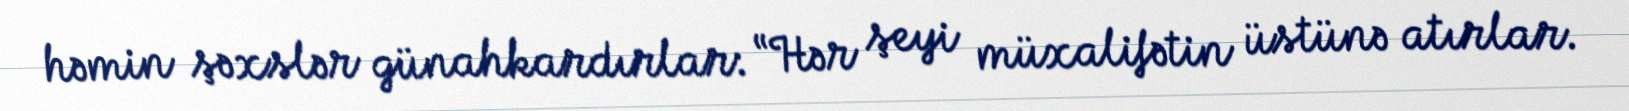
həmin şəxslər günahkardırlar: “Hər şeyi müxalifətin üstünə atırlar.